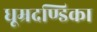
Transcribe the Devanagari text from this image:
धूम्रदण्डिका